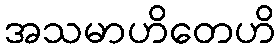
အသမာဟိတေဟိ